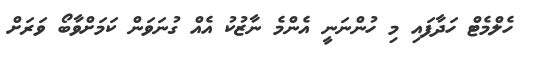
ހެލްމެޓް ހަދާފައި މި ހުންނަނީ އެންމެ ނާޒުކު އެއް ގުނަވަން ކަމަށްވާބޯ ވަރަށް